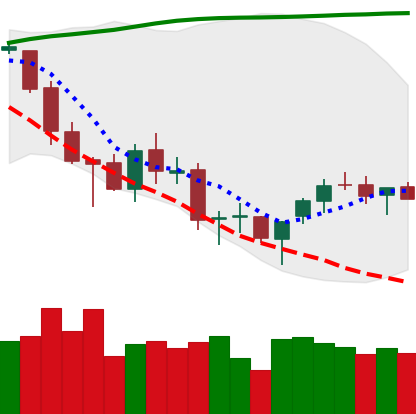
Ticker: BTC-USD
Chart end date: 2018-03-24
Forward return: -17.333%
Label: down_7plus